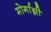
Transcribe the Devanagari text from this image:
मोर्गाग्नी